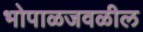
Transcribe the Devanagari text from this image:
भोपाळजवळील